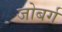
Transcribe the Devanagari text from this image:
जोबर्ग